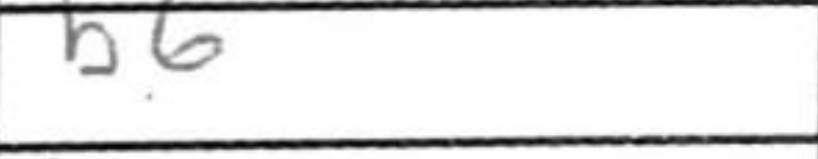
Transcription: b6